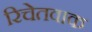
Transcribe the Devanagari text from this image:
रिचेतवाक